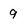
Character: 9